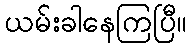
ယမ်းခါနေကြပြီ။